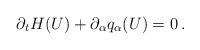
LaTeX: \begin{align*}\partial_t H(U) +\partial_{\alpha} q_{\alpha}(U)=0 \, .\end{align*}